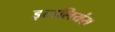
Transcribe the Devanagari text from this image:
इटालियंस